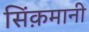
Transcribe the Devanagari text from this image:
सिंक़मानी